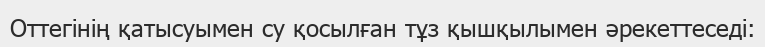
Оттегінің қатысуымен су қосылған тұз қышқылымен әрекеттеседі: